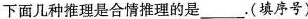
下面几种推理是合情推理的是___.(填序号)